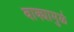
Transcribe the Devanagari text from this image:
वाक्यामुळे